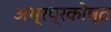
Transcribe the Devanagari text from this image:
अभ्रप्रकोष्ठ